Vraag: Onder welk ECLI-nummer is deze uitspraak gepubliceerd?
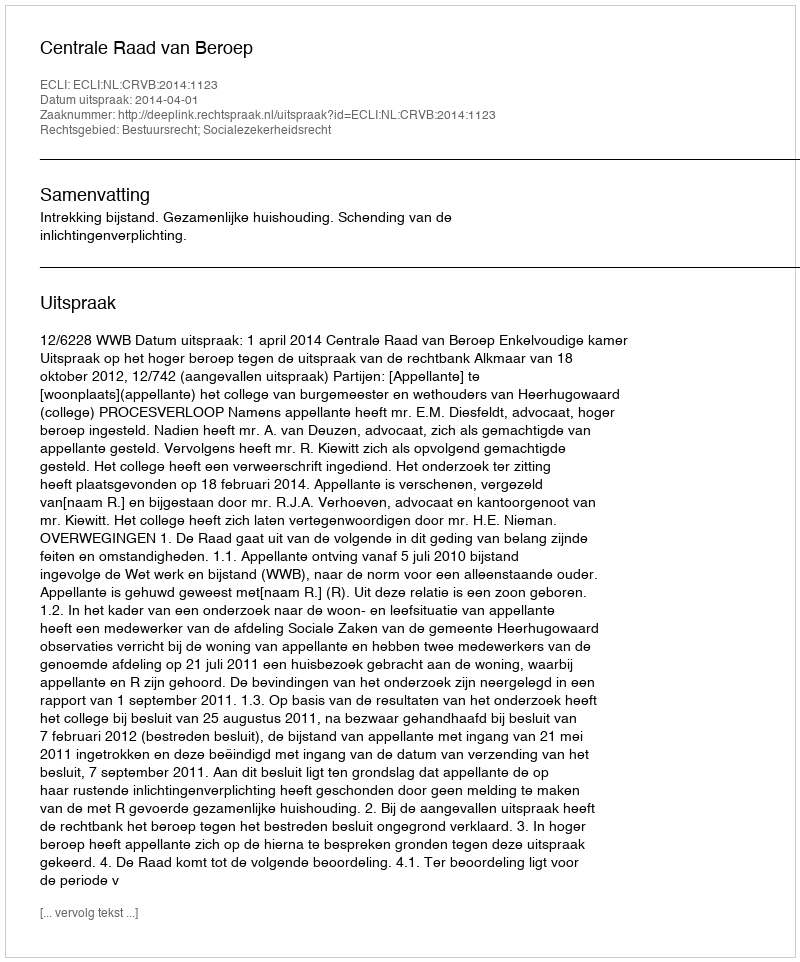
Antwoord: ECLI:NL:CRVB:2014:1123